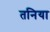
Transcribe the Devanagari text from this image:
तनिया